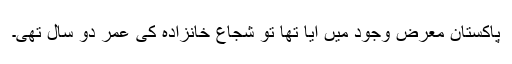
پاکستان معرض وجود میں آیا تھا تو شجاع خانزادہ کی عمر دو سال تھی۔